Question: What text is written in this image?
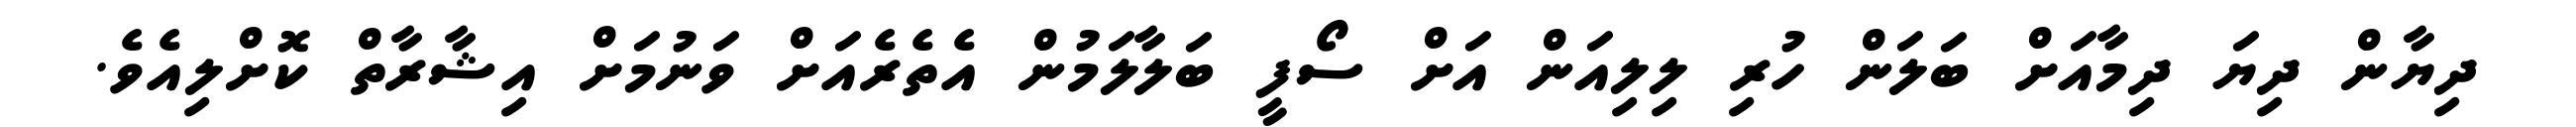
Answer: ދިޔާން ދިޔަ ދިމާއަށް ބަލަން ހުރި ލިލިއަން އަށް ސޯފީ ބަލާލަމުން އެތެރެއަށް ވަނުމަށް އިޝާރާތް ކޮށްލިއެވެ.